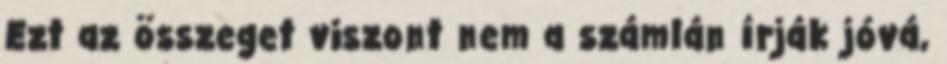
Ezt az összeget viszont nem a számlán írják jóvá,